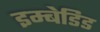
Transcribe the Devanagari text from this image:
इम्बेडिड